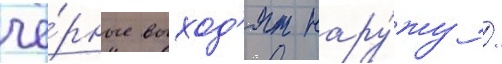
чё́рные выход'ят нару́жу /